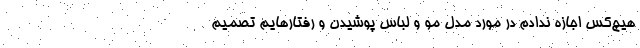
هیچ‌کس اجازه ندادم در مورد مدل مو و لباس پوشیدن و رفتارهایم تصمیم